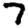
Digit: 7